Vaccination in Bombay 1913-1923 - 1913-1923
Year: 1913
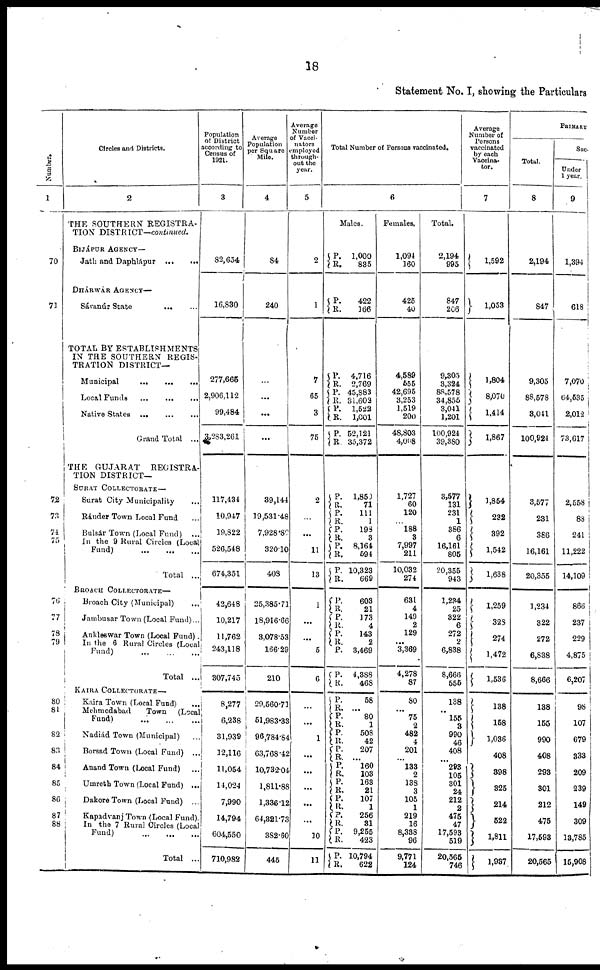
18
Statement No. I, showing the Particulars
Number.
1
70
71
72
73
71
75
76
77
78
79
80
81
82
83
84
85
86
87
88
Circles and Districts.
2
THE SOUTHERN REGISTRA-
TION DISTRICT—continued.
BIJÁPUR AGENCY—
Jath and Daphlápur
...
...
DHÁRWÁR AGENCY—
Sávanúr State
...
...
TOTAL BY ESTABLISHMENTS
IN THE SOUTHERN REGIS-
TRATION DISTRICT—
Municipal
...
...
...
Local Funds ... ... ...
Native States
...
...
...
Grand Total ...
THE GUJARAT
REGISTRA-
TION DISTRICT—
SURAT COLLECTORATE—
Surat City Municipality ...
Ránder Town Local Fund ...
Bulsár Town (Local Fund) ...
In the 9 Rural Circles (Local
Fund)
...
...
...
Total ...
BROACH COLLECTORATE—
Broach City (Municipal)
...
Jambusar Town (Local Fund)...
Ankleswar Town (Local Fund).
In the 6 Rural Circles (Local
Fund)
...
...
...
Total ...
KAIRA COLLECTORATE—
Kaira Town (Local Fund) ...
Mehmedabad
Town (Local
Fund) ... ... ...
Nadiád Town (Municipal) ...
Borsad Town (Local Fund) ...
Anand Town (Local Fund) ...
Umreth Town (Local Fund) ...
Dakore Town (Local Fund) ...
Kapadvanj Town (Local Fund).
In the 7 Rural Circles (Local
Fund)
...
...
...
Total ...
Population
of District
according to
Census of
1921.
3
82,654
16,830
277,665
2,906,112
99,484
3,283,261
117,434
10,947
19,822
526,548
674,351
42,648
10,217
11,762
243,118
307,745
8,277
6,238
31,939
12,116
11,054
14,024
7,990
14,794
604,550
710,982
Average
Population
per Square
Mile.
4
84
240
...
...
...
...
39,144
19,531.48
7,928.80
320.10
408
25,385.71
18,916.66
3,078.53
166.29
210
29,560.71
6l,983.33
96,784.84
63,768.42
10,732.04
1,811.88
1,336.12
64,321.73
382.60
445
Average
Number
of Vacci¬
nators
employed
through-
out the
year.
5
2
1
7
65
3
75
2
...
...
11
13
1
...
...
5
6
...
...
1
...
...
...
...
...
10
11
Total Number of Persons vaccinated.
6
Males.
P.
R.
P.
R.
P.
R.
P.
R.
P.
R.
P.
R.
P.
R.
P.
R.
P.
R.
P.
R.
P.
R.
P.
R.
P. R.
P.
R. P.
P.
R.
P. R. P.
R.
P. R.
P.
R.
P.
R.
P.
R. P.
R.
P.
R.
P.
R. P.
R.
1,000
835
422
166
4,716
2,769
45,883
31,602
1,522
1,001
52,121
35,372
1,850
71
111
1
198
3
8,164
594
10,323
669
603
21
173
4
143
2
3,469
4,388
468
58
...
80
1
508
42
207
... 160
103
163
21
107
1
256
31
9,255
423
10,794
622
Females.
1,094
160
425
40
4,589
555
42,695
3,253
1,519
200
48,803
4,008
1,727
60
120
...
188
3
7,997
211
10,032
274
631
4
149
2
129
...
3,369
4,278
87
80
...
75
2
482
4
201
... 133
2
138
3
105
1
219
16
8,338
96
9,771
124
Average
Number of
Persons
vaccinated
by each
Vaccina¬
tor.
7
Total.
2,194
995
847
206
9,305
3,324
88,578
34,855
3,041
1,201
100,924
39,380
3,577
131
231
1
386
6
16,161
805
20,355
943
1,234
25
322
6
272
2
6,838
8,666
555
138
...
155
3
990
46
408
... 293
105
301
24
212
2
475
47
17,593
519
20,565
746
1,592
1,053
1,804
8,070
1,414
1,867
1,854
232
392
1,542
1,638
1,259
328
274
1,472
1,536
138
158
1,036
408
398
325
214
522
1,811
1,987
PRIMARY
Total.
8
2,194
847
9,305
88,578
3,041
100,924
3,577
231
386
16,161
20,355
1,234
322
272
6,838
8,666
138
155
990
408
293
301
212
475
17,593
20,565
Suc¬
Under
1 year.
9
1,394
618
7,070
64,535
2,012
73,617
2,558
88
241
11,222
14,109
866
237
229
4,875
6,207
98
107
679
333
209
239
149
309
13,785
15,908